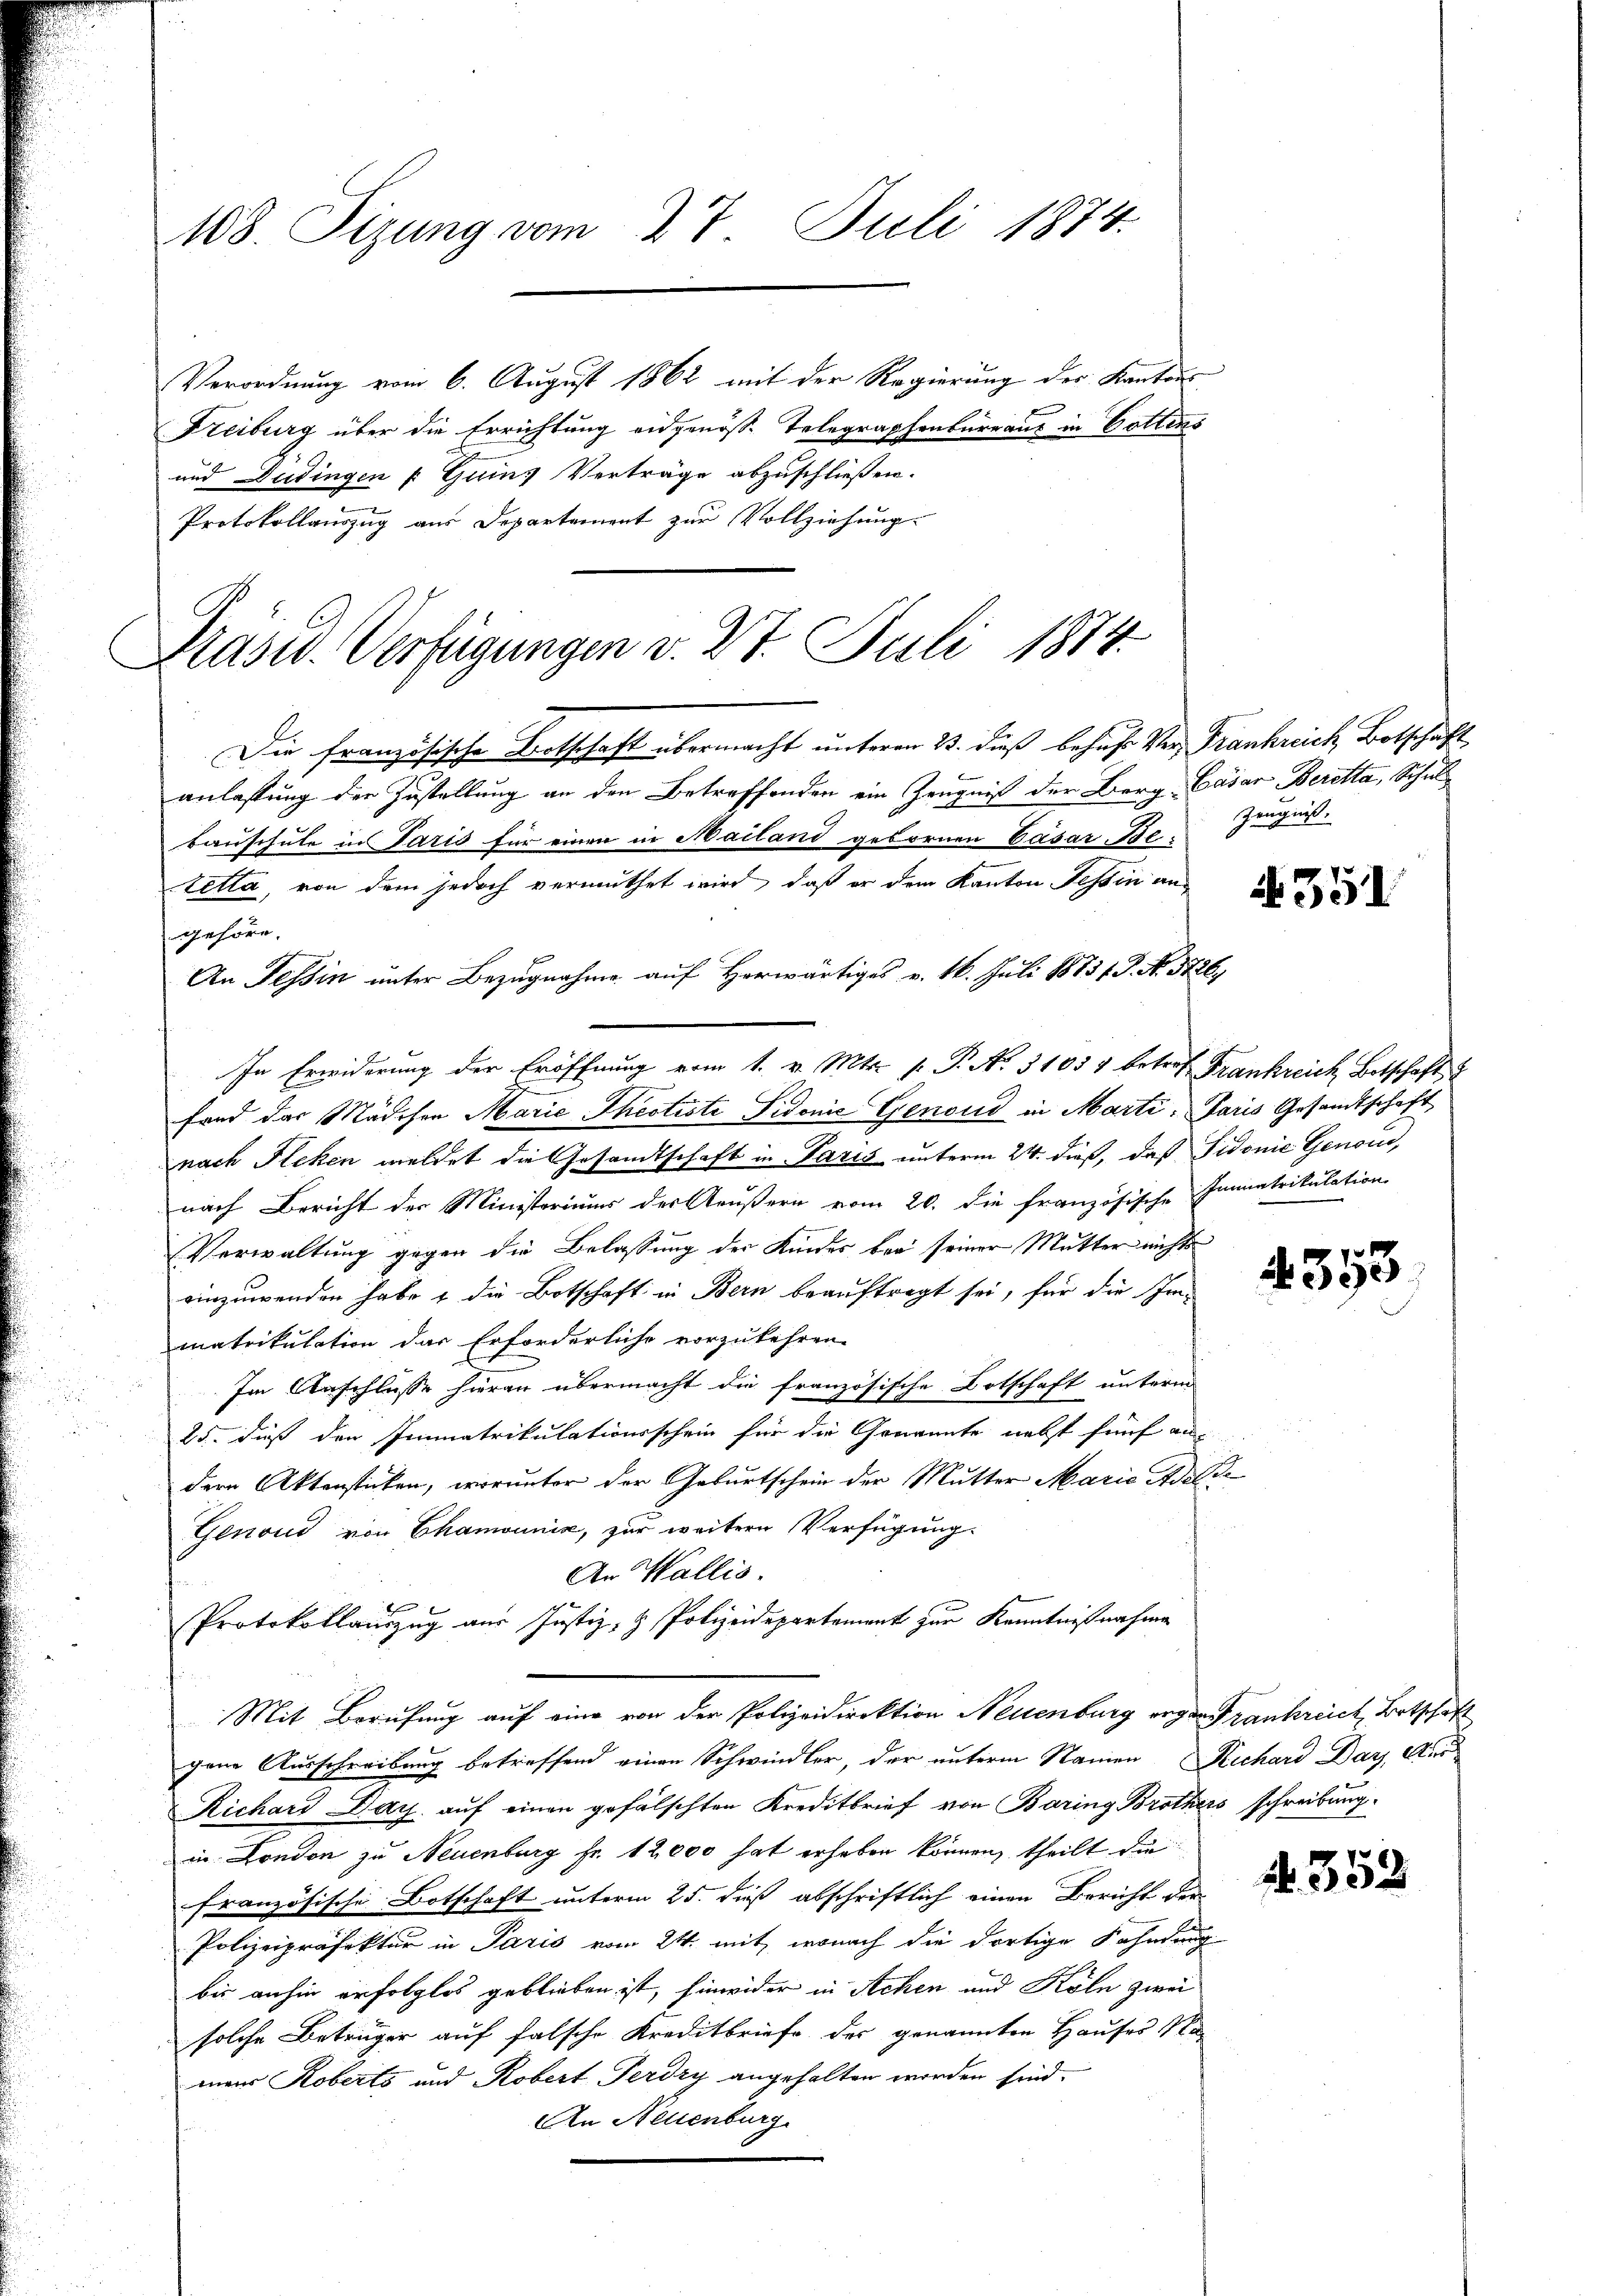
108. Sizung vom 27. Juli 1874.

Verordnung vom 6. August 1862 mit der Regierung des Kanton
Freiburg über die Errichtung eidgenöß. Telegraphenbureaus in Gottens
und Dudingen [Guins Verträge abzuschließen.
Protokollauszug aus Departement zur Vollziehung.
Die Französische Botschaft übermacht unterm 23. dieß behufs Ver- Frankreich, Botschaft
anlassung der Zustellung an den Betreffenden ein Zeugniß der Berg- Cäsar Beretta, Schul
tauschule in Paris für einen in Mailand gebornen Cäsar, Betetta, von dem jedoch vermuthet wird, daß er dem Kanton Tessin au
gehöre.
An Tessin unter Bezugnahme auf Herwärtiges v. 16. Juli 1883/. P. No. 3726)
In Erwiderung der Eröffnung vom 1. v. Mts. f. P. Nr. 31054 betref Frankreich Botschaft u
fond das Mädchen Marie Theotiste Fidonić Genoud in Marti, Paris Gesandtschaft
nach Flehen meldet die Gesandtschaft in Paris unterm 24. dieß, daß Fidonie Genow,
nach Bericht der Ministeriums der Aeußern vom 20. die französische Immatrikulation
Verwaltung gegen die Belassung der Kindes bei seiner Mutter nichts
einzuwenden habe & die Botschaft in Bern beauftragt sei, für die Immatrikulation das Erforderliche vorzukehren.
Im Anschlusse hieran übermacht die französische Botschaft unterm
25. daß den Immatrikulationsschein für die Genannte nebst fünf auf
dern Aktensticken, worunter der Geburtschein der Mutter Marie Adelde
Genoud von Chamounis, zur weitern Verfügung.
An Wallis.
Protokollauszug aus Justiz- & Polizeidepartament zur Kenntnißnahme
Mit Berufung auf eine von der Polizeidirektion Neuenburg ergen rankreich, Botschaft
gene Ausschreibung betreffend einen Schwindler, der unterm Namen Richard Das Aus
Richard ay, auf einen gefälschten Kreditbrief von Baring Brothers schreibung
in London zu Neuenburg fr. 12,000 hat erhoben können, theilt die
französische Botschaft unterm 25. dieß abschriftlich einen Bericht der
Polizeipräfektur in Paris vom 24. mit, wonach die dortige Fahndung
bis anhin erfolglos geblieben ist, hinwider in Achen und Köln zwei
solche Betrüger auf falsche Kreditbriefe des genannten Hauses a
mans Koberts und Kobert Perdry angehalten worden sind.
An Neuenburg

Präsid. Verfügungen v. 27. Juli 1874.

Zeugniß.

4353

4. 352